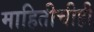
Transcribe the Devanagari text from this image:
माहितीचीही